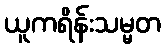
ယူကရိန်းသမ္မတ